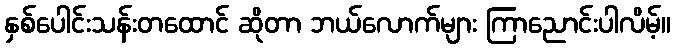
နှစ်ပေါင်းသန်းတထောင် ဆိုတာ ဘယ်လောက်များ ကြာညောင်းပါလိမ့်။